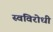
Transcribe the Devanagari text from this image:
स्वविरोधी